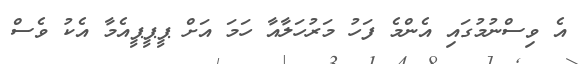
އެ ވިސްނުމުގައި އެންމެ ފަހު މަރުހަލާއާ ހަމަ އަށް ޕީޕީޕީއެމާ އެކު ވެސް